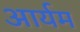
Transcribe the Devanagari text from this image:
आर्यम